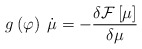
\begin{align*}g\left( \varphi \right) \;\dot{\mu}=-\frac{\delta {\cal F}\left[ \mu \right] }{\delta \mu }\end{align*}